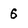
Character: 6